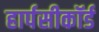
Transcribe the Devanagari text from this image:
हार्पसीकॉर्ड